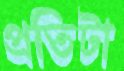
প্রতিটা